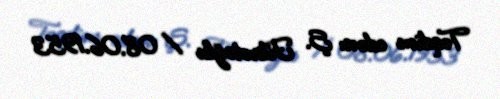
Təqdim edən: Ş. Fikrətoğlu / 08.06.1953